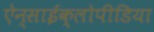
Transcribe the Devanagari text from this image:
ऐन्साईक्लोपीडिया